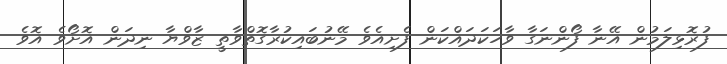
ފުރޮޅިލަމުން އޭނާ ފޯންނަގާ ވާހަކަދައްކަން ފެށިއެވެ މޭނުބައިކުރާގޮތްވާތީ ޒާވްޔާ ނިދަން އޮށޯވެ އޮވެ